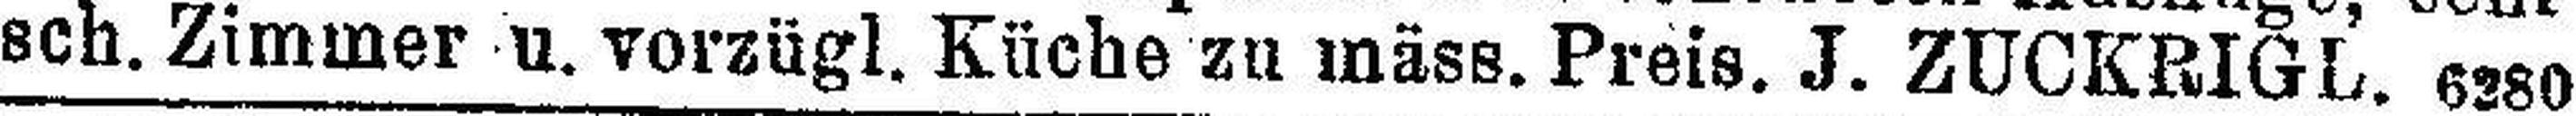
sch. Zimmer u. vorzügl. Küche zu mäss. Preis. J. ZUCKRIGl. 6280